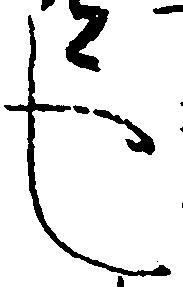
し